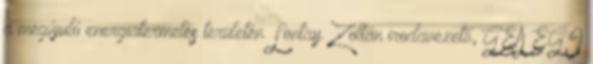
a megújuló energiatermelés területén Lontay Zoltán irodavezető, GEA EGI